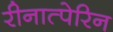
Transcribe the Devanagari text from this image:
रीनात्पेरिन